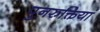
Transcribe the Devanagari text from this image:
पुनरुक्तियां